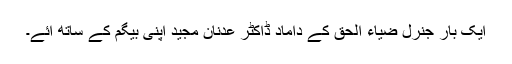
ایک بار جنرل ضیاء الحق کے داماد ڈاکٹر عدنان مجید اپنی بیگم کے ساتھ آئے۔